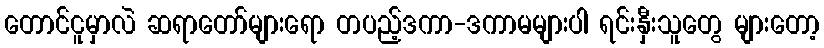
တောင်ငူမှာလဲ ဆရာတော်များရော တပည့်ဒကာ-ဒကာမများပါ ရင်းနှီးသူတွေ များတော့